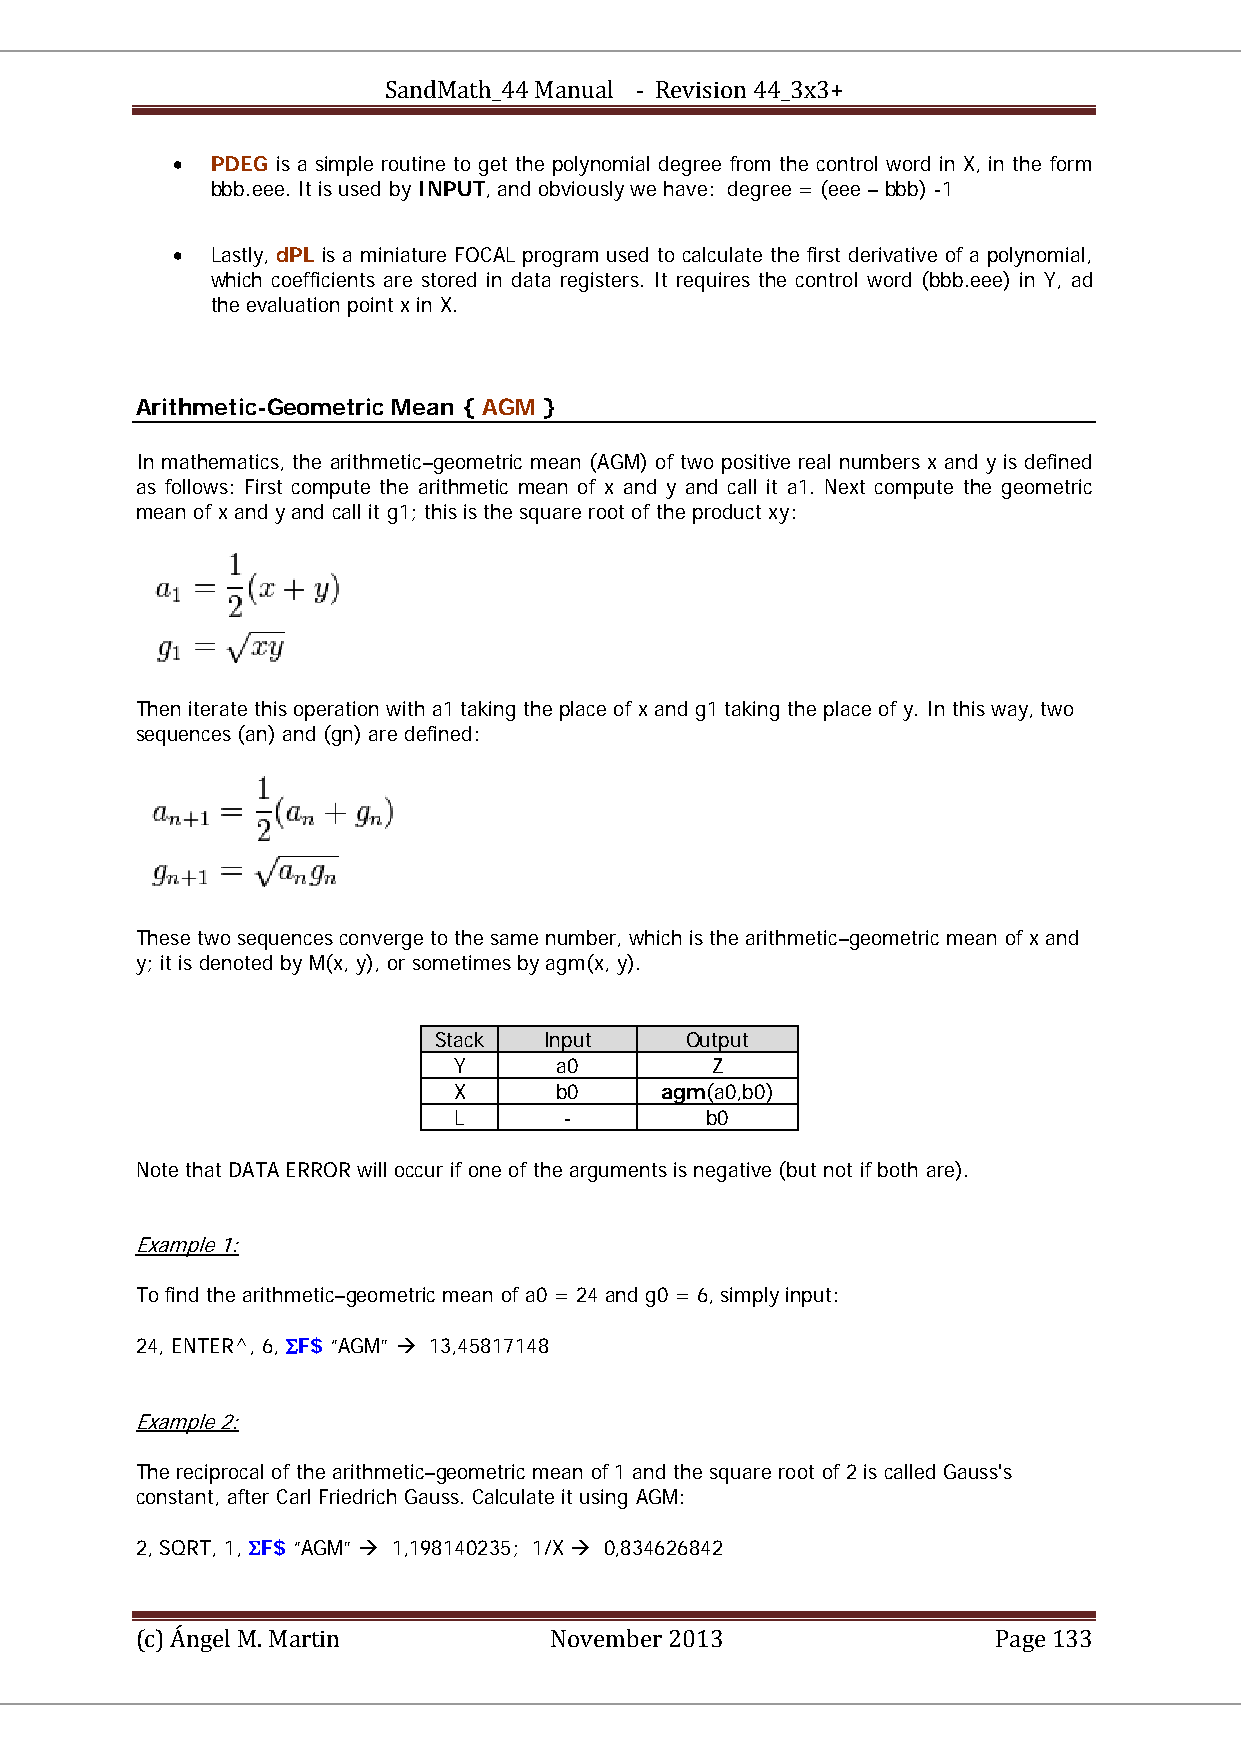
SandMath_44 Manual - Revision 44_3x3+
 •  PDEG is a simple routine to get the polynomial degree from the control word in X, in the form
 bbb.eee. It is used by INPUT, and obviously we have: degree = (eee – bbb) -1
 •  Lastly, dPL is a miniature FOCAL program used to calculate the first derivative of a polynomial,
 which coefficients are stored in data registers. It requires the control word (bbb.eee) in Y, ad
 the evaluation point x in X.
 Arithmetic-Geometric Mean { AGM }
 In mathematics, the arithmetic–geometric mean (AGM) of two positive real numbers x and y is defined
 as follows: First compute the arithmetic mean of x and y and call it a1. Next compute the geometric
 mean of x and y and call it g1; this is the square root of the product xy:
 Then iterate this operation with a1 taking the place of x and g1 taking the place of y. In this way, two
 sequences (an) and (gn) are defined:
 These two sequences converge to the same number, which is the arithmetic–geometric mean of x and
 y; it is denoted by M(x, y), or sometimes by agm(x, y).
 Stack  Input    Output
 Y      a0        Z
 X      b0     agm(a0,b0)
 L      -         b0
 Note that DATA ERROR will occur if one of the arguments is negative (but not if both are).
 Example 1:
 To find the arithmetic–geometric mean of a0 = 24 and g0 = 6, simply input:
 24, ENTER^, 6, ΣF$ “AGM”  13,45817148
 Example 2:
 The reciprocal of the arithmetic–geometric mean of 1 and the square root of 2 is called Gauss's
 constant, after Carl Friedrich Gauss. Calculate it using AGM:
 2, SQRT, 1, ΣF$ “AGM”  1,198140235; 1/X  0,834626842
 (c) Ángel M. Martin        November 2013                 Page 133